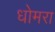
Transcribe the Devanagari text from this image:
धोमरा